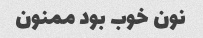
نون خوب بود ممنون